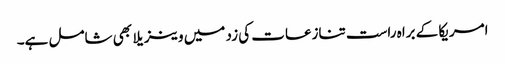
امریکا کے براہ راست تنازعات کی زد میں وینزیلا بھی شامل ہے۔